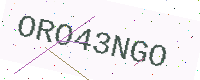
Text: ORO43NGO